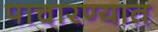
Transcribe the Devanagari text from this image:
पाचारण्यात